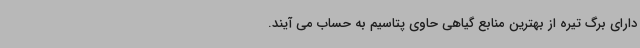
دارای برگ تیره از بهترین منابع گیاهی حاوی پتاسیم به حساب می آیند.